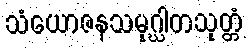
သံယောဇနသမုဂ္ဃါတသုတ္တံ